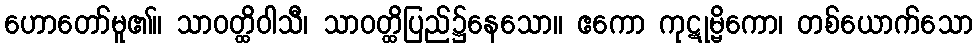
ဟောတော်မူ၏။ သာဝတ္ထိဝါသီ၊ သာဝတ္ထိပြည်၌နေသော။ ဧကော ကုဋုမ္ဗိကော၊ တစ်ယောက်သော